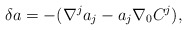
\begin{align*}\delta a=-(\nabla^ja_j-a_j\nabla_0C^j),\end{align*}